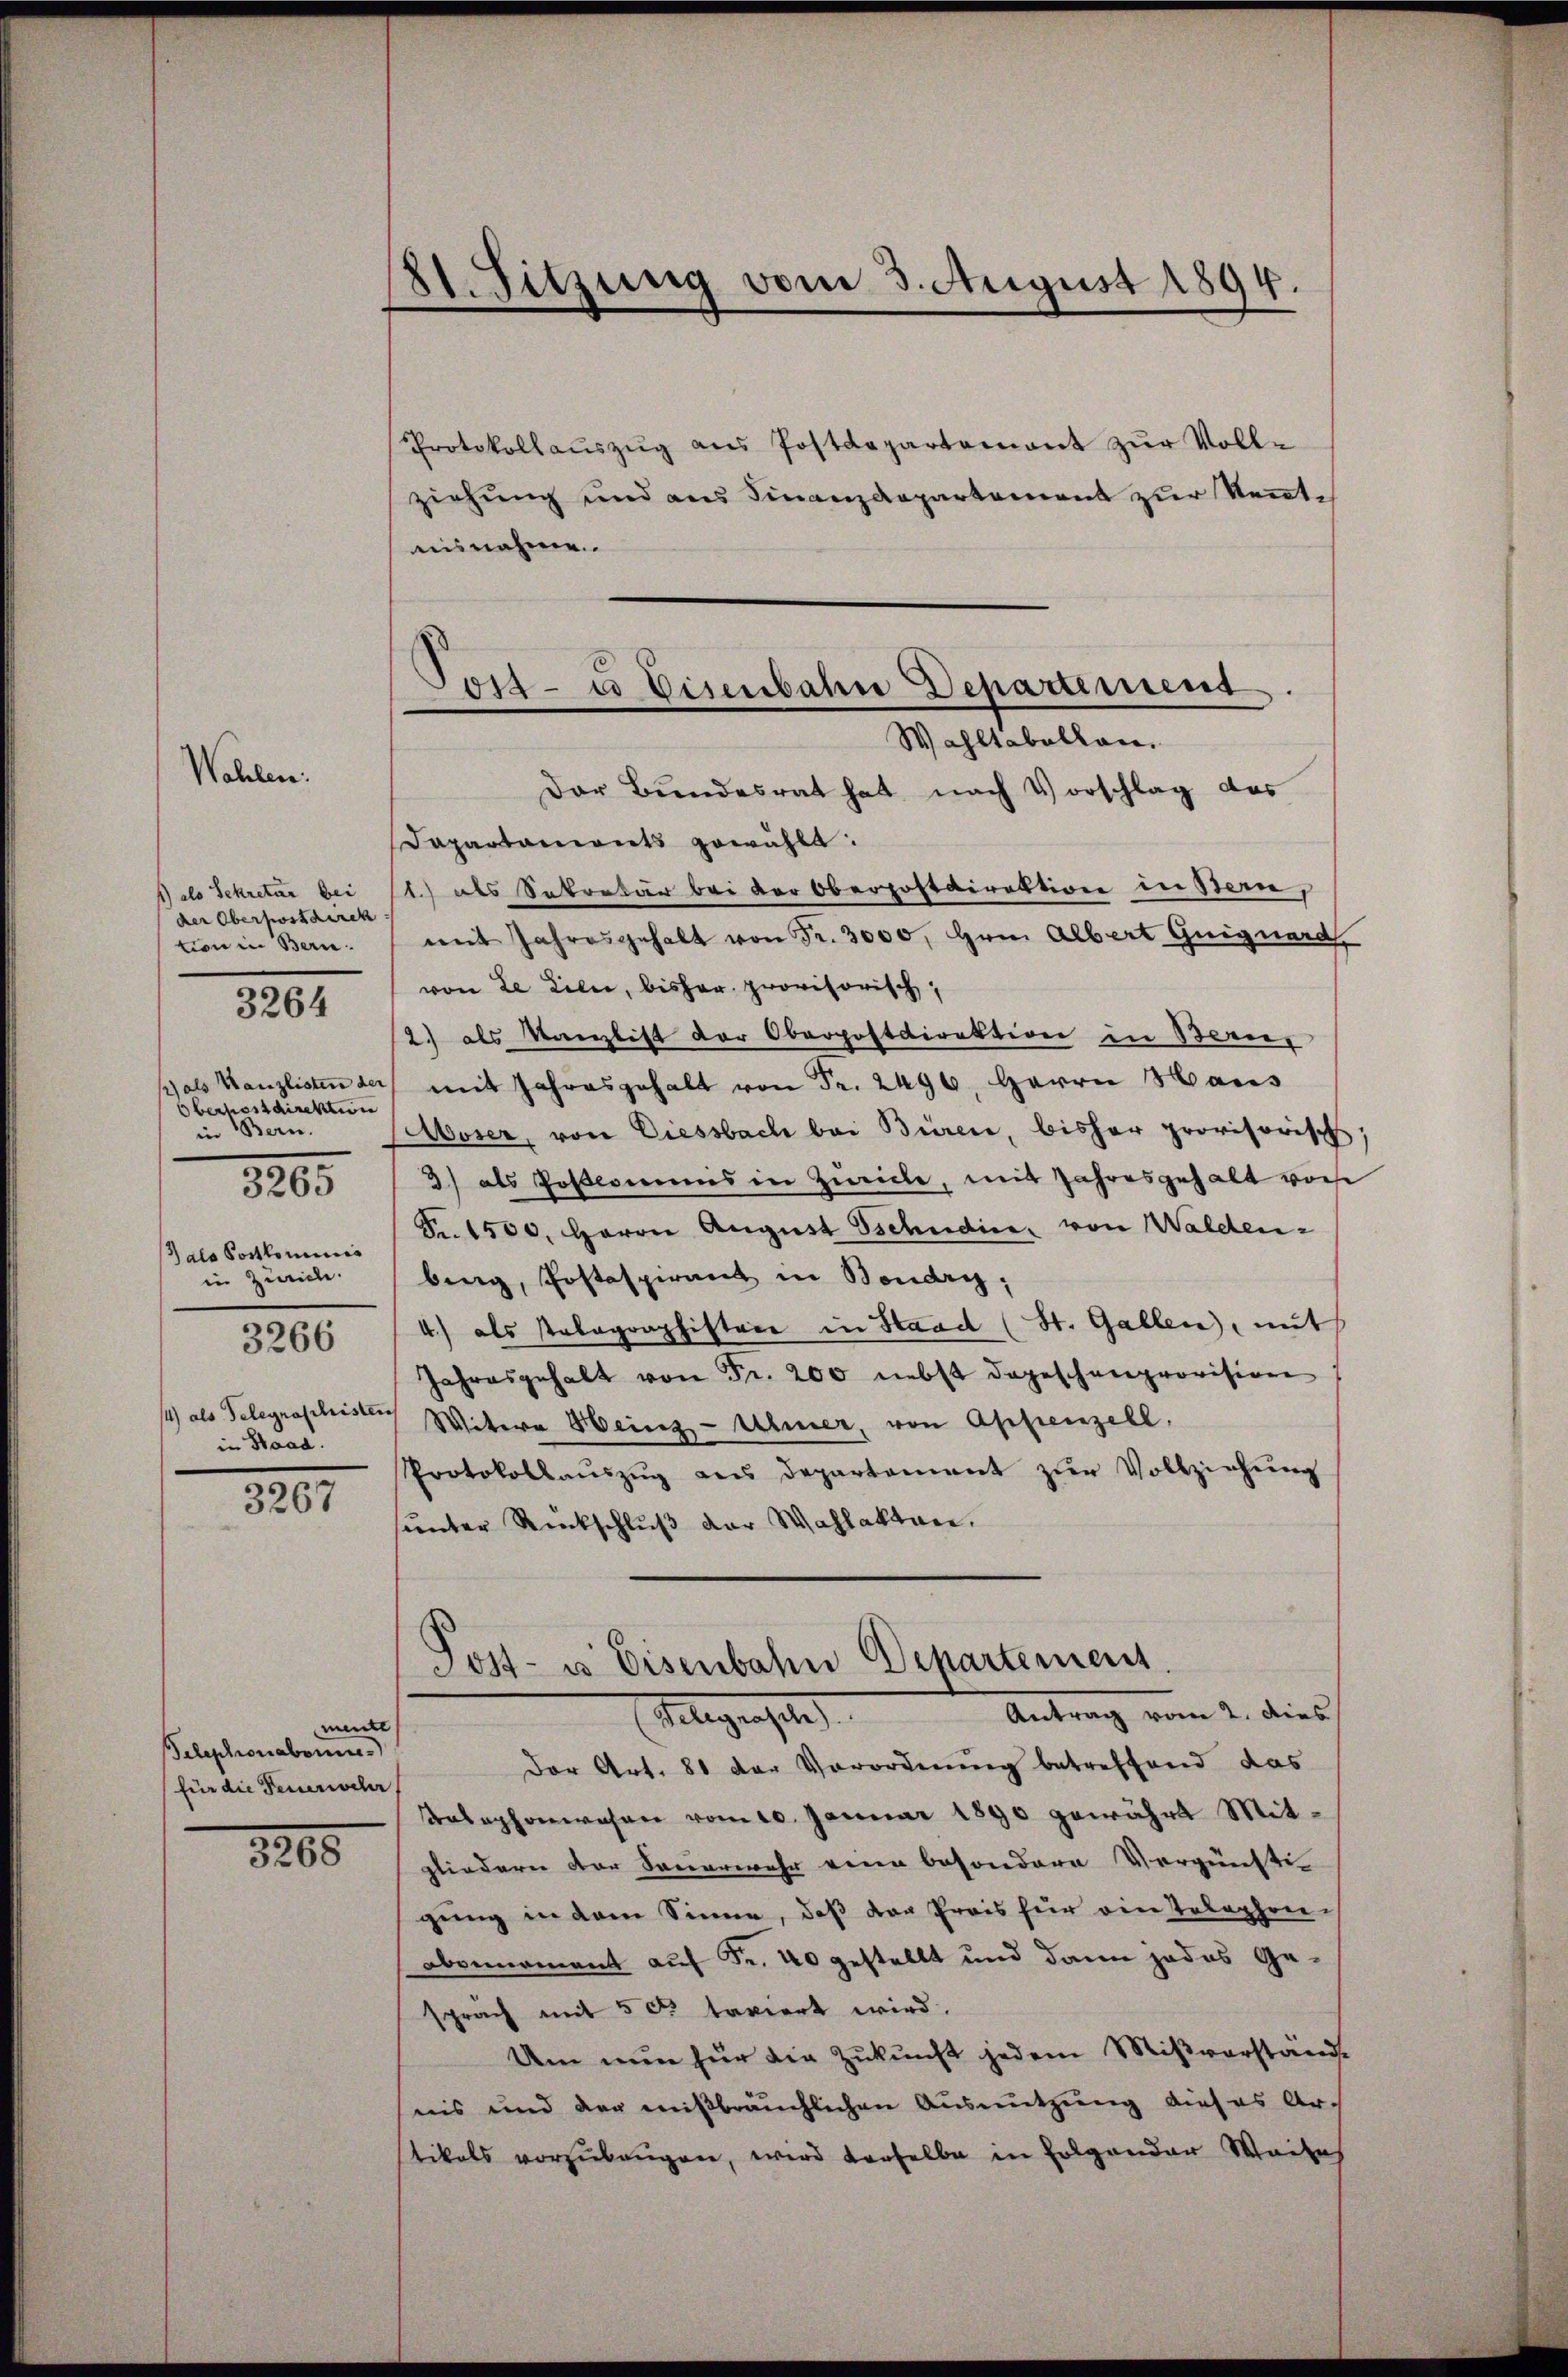
Wahlen.

) also Sekretär bei
der Oberpostdirek
tion in Bern.
) als Kanzlisten der
Oberpostdirektion
in Bern.
3265
alo Portkominis
in Zürich.
3266
4) als Telegraschristens
in Staad.

3264

3267

meitl
Telephonabonne
(für die Feuerwehr,

1265

81. Sitzung vom 3. August 1894.

Tost- u Eisenbahn Departement
Wahltabellan.

Protokollaŭszŭg aŭs Postdepartement zŭr Volle
ziehung und aus Finanzdepartement zur Kenntnisnahme
Der Bŭndesrat hat nach Vorschlag das
Dapartaments gewählt:
1) als Sekretär bei der Oberpostdirektion in Bern,
mit Jahresgehalt von Fr. 3000, Hrn. Albert Guiguard
von de Lilie, bisher provisorisch,
2) als Kanzlist der Oberpostdirektion in Bern,
mit Jahresgehalt von Fr. 2496. Herrn Haus
Woser, von Diessbach bei Büren, bisher provisorisch
3) als Posteines in Zweiche, mit Jahresgehalt von
Fr. 1500. Herrn August schudice, von Walden-
berg, Postaspirant in Bondrig;
4.) als Paragraphistere in Stand (St. Gallen, mit
Jahresgehalt von Fr. 200 nebst dageschenprovision
Witere Heinz- Ulmer, von Appenzell,
Protokollaŭszŭg aus departement zŭr Vollziehŭng
sunter Rückschluß der Wahlakten.
Post- u. Eisenbahn Departement
Antrag vom 2. dies
Telegensel
Der Art. 81 der Vorordnung betreffend das
Telephonwesen vom 10. Januar 1890 gewährt Mitgliedern der Sauerwehr wenn besondere Vergünsti
gung in dem Sinne, daß der Preis für ein Telephon-
Obernoment auf Fr. 40 gestellt und dann jedes Gesprach mit 5 c taviert wird.
Um nun für die Zukunft jedem Mißverständnis und der mißbräuchlichen Ausnutzung dieses Ar-
tikals vorzubeugen, wird derselbe in Folgender Weise